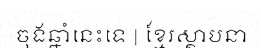
ចុងឆ្នាំនេះទេ | ខ្មែរស្ថាបនា